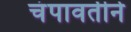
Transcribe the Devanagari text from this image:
चंपावतीने